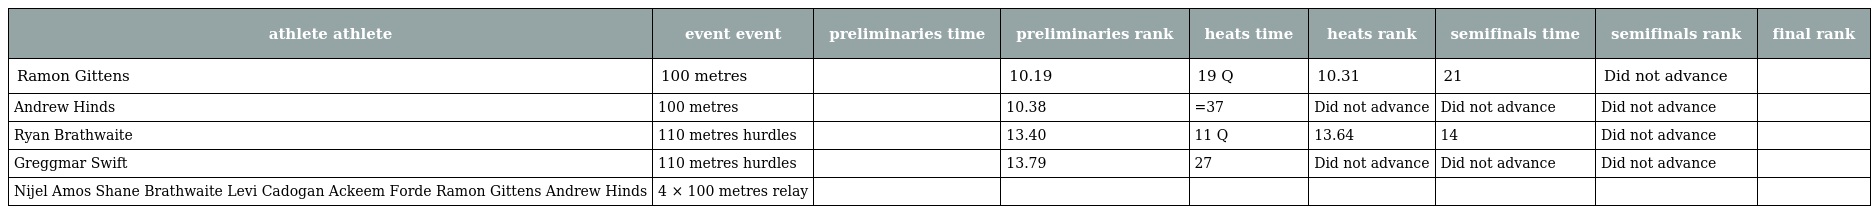
| athlete athlete | event event | preliminaries time | preliminaries rank | heats time | heats rank | semifinals time | semifinals rank | final rank |
 | --- | --- | --- | --- | --- | --- | --- | --- | --- |
 | Ramon Gittens | 100 metres |  | 10.19 | 19 Q | 10.31 | 21 | Did not advance |  |
 | Andrew Hinds | 100 metres |  | 10.38 | =37 | Did not advance | Did not advance | Did not advance |  |
 | Ryan Brathwaite | 110 metres hurdles |  | 13.40 | 11 Q | 13.64 | 14 | Did not advance |  |
 | Greggmar Swift | 110 metres hurdles |  | 13.79 | 27 | Did not advance | Did not advance | Did not advance |  |
 | Nijel Amos Shane Brathwaite Levi Cadogan Ackeem Forde Ramon Gittens Andrew Hinds | 4 × 100 metres relay |  |  |  |  |  |  |  |